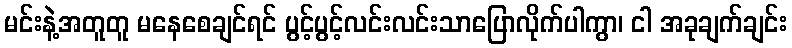
မင်းနဲ့အတူတူ မနေစေချင်ရင် ပွင့်ပွင့်လင်းလင်းသာပြောလိုက်ပါကွာ၊ ငါ အခုချက်ချင်း